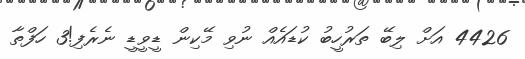
4426 އަށް ލިބޭ ތަރުހީބު ކުޑައެއް ނުވި މޭކިން ޑީވީޑީ ނެރެފި!3 ހަފްތާ